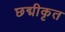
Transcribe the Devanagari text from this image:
छद्मीकृत